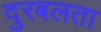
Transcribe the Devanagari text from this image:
दुरबलता